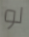
لو